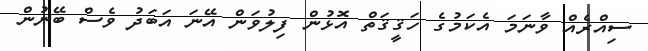
ސިއްރެއް ވާނަމަ އެކަމުގެ ހަޤީޤަތް އޮޅުން ފިލުވަން އޭނަ އަބަދު ވެސް ބޭނުން